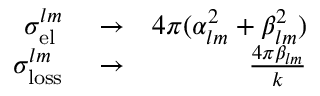
\begin{array} { r l r } { \sigma _ { \mathrm { e l } } ^ { l m } } & { { } \to } & { 4 \pi ( \alpha _ { l m } ^ { 2 } + \beta _ { l m } ^ { 2 } ) } \\ { \sigma _ { \mathrm { l o s s } } ^ { l m } } & { { } \to } & { \frac { 4 \pi \beta _ { l m } } { k } } \end{array}